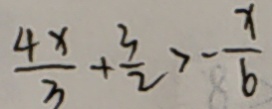
\frac { 4 x } { 3 } + \frac { 3 } { 2 } > - \frac { x } { 6 }